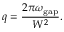
q = \frac { 2 \pi \omega _ { \mathrm { g a p } } } { W ^ { 2 } } .